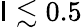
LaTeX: \mathsf{I}\lesssim0.5